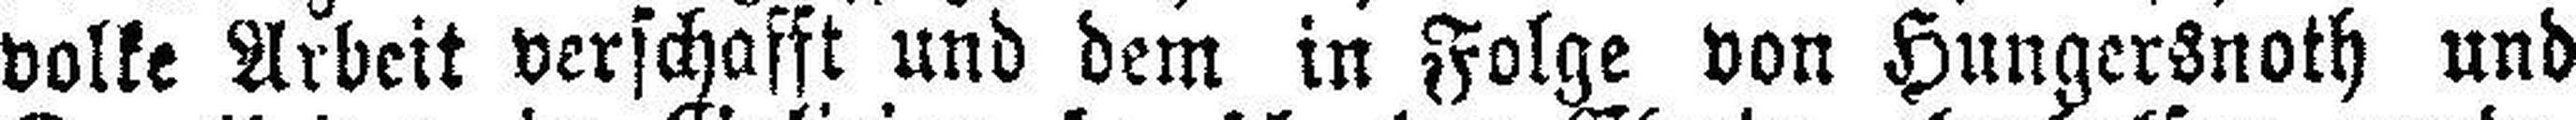
volke Arbeit verschafft und dem in Folge von Hungersnoth und